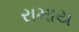
રામાય